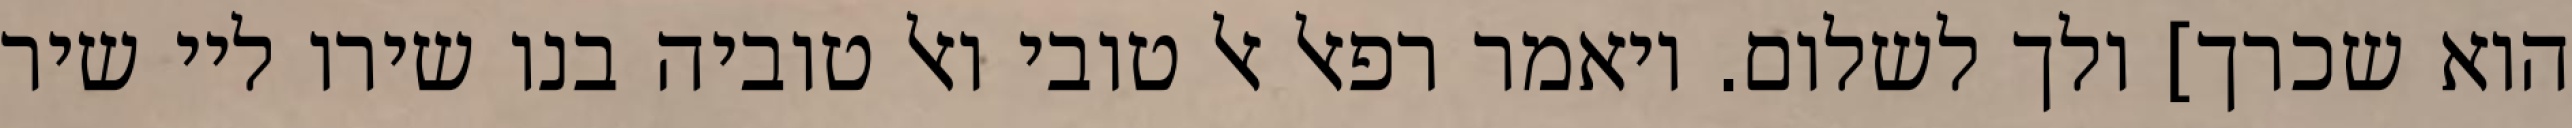
הוא שכרך] ולך לשלום. ויאמר רפאל אל טובי ואל טוביה בנו שירו ליי שיר